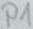
Text: P1